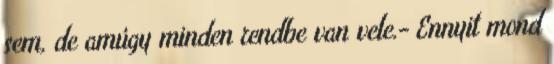
sem, de amúgy minden rendbe van vele.- Ennyit mond